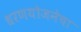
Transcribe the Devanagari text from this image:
धरणयोजनेचा